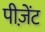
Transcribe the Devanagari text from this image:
पीज़ेंट